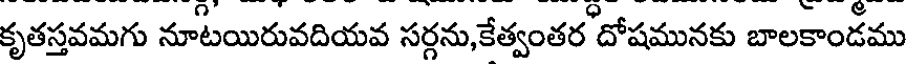
కృతస్తవమగు నూటయిరువదియవ సర్గను,కేత్వంతర దోషమునకు బాలకాండము